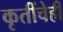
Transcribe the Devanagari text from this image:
कृतींचेही